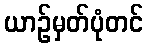
ယာဉ်မှတ်ပုံတင်